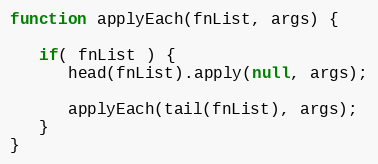
Language: JavaScript
function applyEach(fnList, args) {

   if( fnList ) {
      head(fnList).apply(null, args);

      applyEach(tail(fnList), args);
   }
}